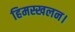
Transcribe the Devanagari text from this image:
हिमस्खलन।